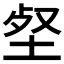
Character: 𡋹